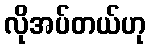
လိုအပ်တယ်ဟု